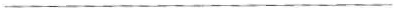
___